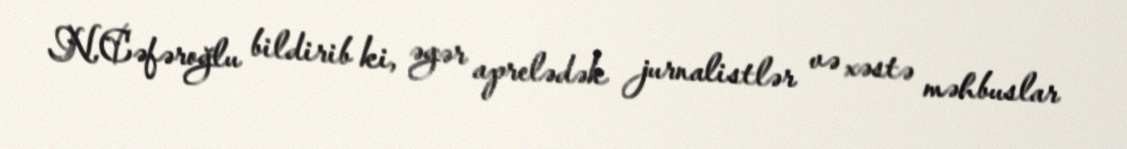
N.Cəfəroğlu bildirib ki, əgər aprelədək jurnalistlər və xəstə məhbuslar